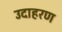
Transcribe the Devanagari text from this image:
उदाहरण